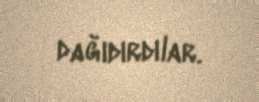
dağıdırdılar.